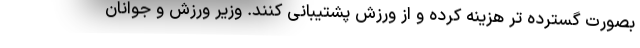
بصورت گسترده تر هزینه کرده و از ورزش پشتیبانی کنند. وزیر ورزش و جوانان